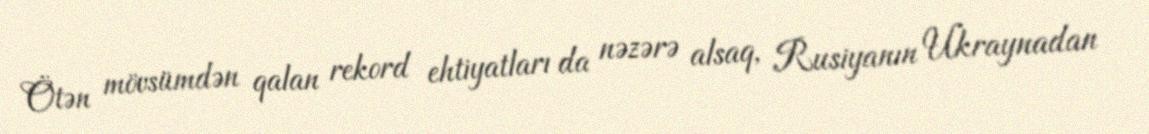
Ötən mövsümdən qalan rekord ehtiyatları da nəzərə alsaq, Rusiyanın Ukraynadan